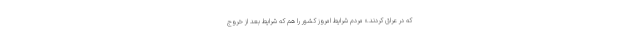
که در عراق کردند.» مردم شرایط امروز کشور را هم که شرایط بعد از خروج